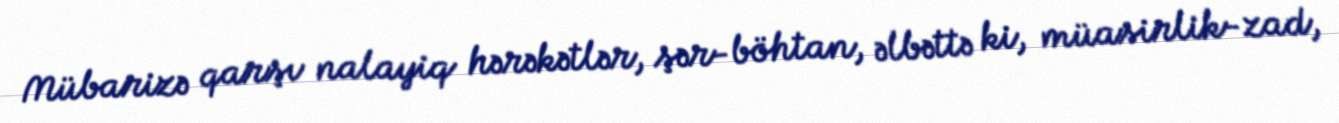
Mübarizə qarşı nalayiq hərəkətlər, şər-böhtan, əlbəttə ki, müasirlik-zad,